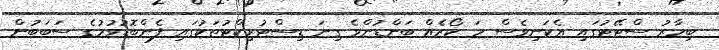
ބިހާރު ސްޓޭޓުގައި އެކަނިވެސް ހަ ކޯރެއް ބަންޑުންވެ ގިނަ ޑިސްޓުރިކްޓުތަކުގައި ފެންބޮޑުވުމުގެ ސަބަބުން